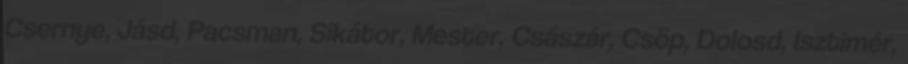
Csernye, Jásd, Pacsman, Sikátor, Mester, Császár, Csöp, Dolosd, Isztimér,